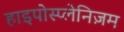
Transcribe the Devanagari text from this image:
हाइपोस्प्लेनिज़म